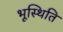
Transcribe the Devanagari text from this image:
भूस्थिति